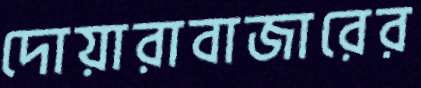
দোয়ারাবাজারের